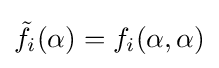
{\tilde {f}}_{i}(\alpha )=f_{i}(\alpha ,\alpha )